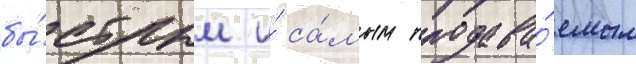
бы́стрым и́ са́мым продава́емым